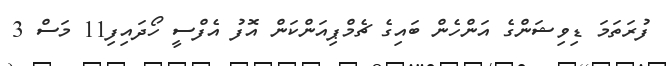
ފުރަތަމަ ޑިވިޝަންގެ އަންހެން ބައިގެ ޗެމްޕިއަންކަން އޮފު އެފްސީ ހޯދައިފި11 މަސް 3